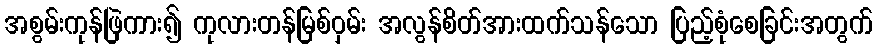
အစွမ်းကုန်ဖြဲကား၍ ကုလားတန်မြစ်ဝှမ်း အလွန်စိတ်အားထက်သန်သော ပြည့်စုံစေခြင်းအတွက်